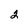
Character: 2